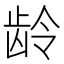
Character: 龄